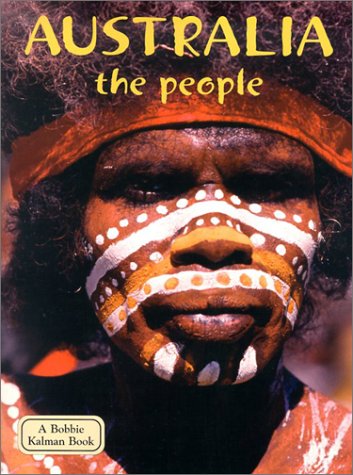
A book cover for Australia the People (Lands, Peoples, & Cultures); Erinn Banting; Children's Books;